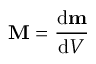
\mathbf { M } = { \frac { \mathrm { d } \mathbf { m } } { \mathrm { d } V } }